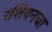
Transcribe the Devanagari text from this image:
रशियनचा